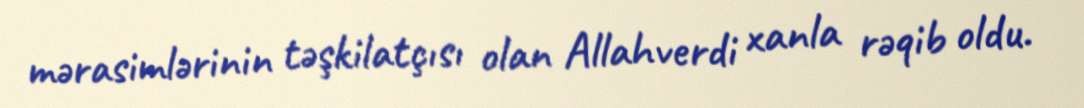
mərasimlərinin təşkilatçısı olan Allahverdi xanla rəqib oldu.